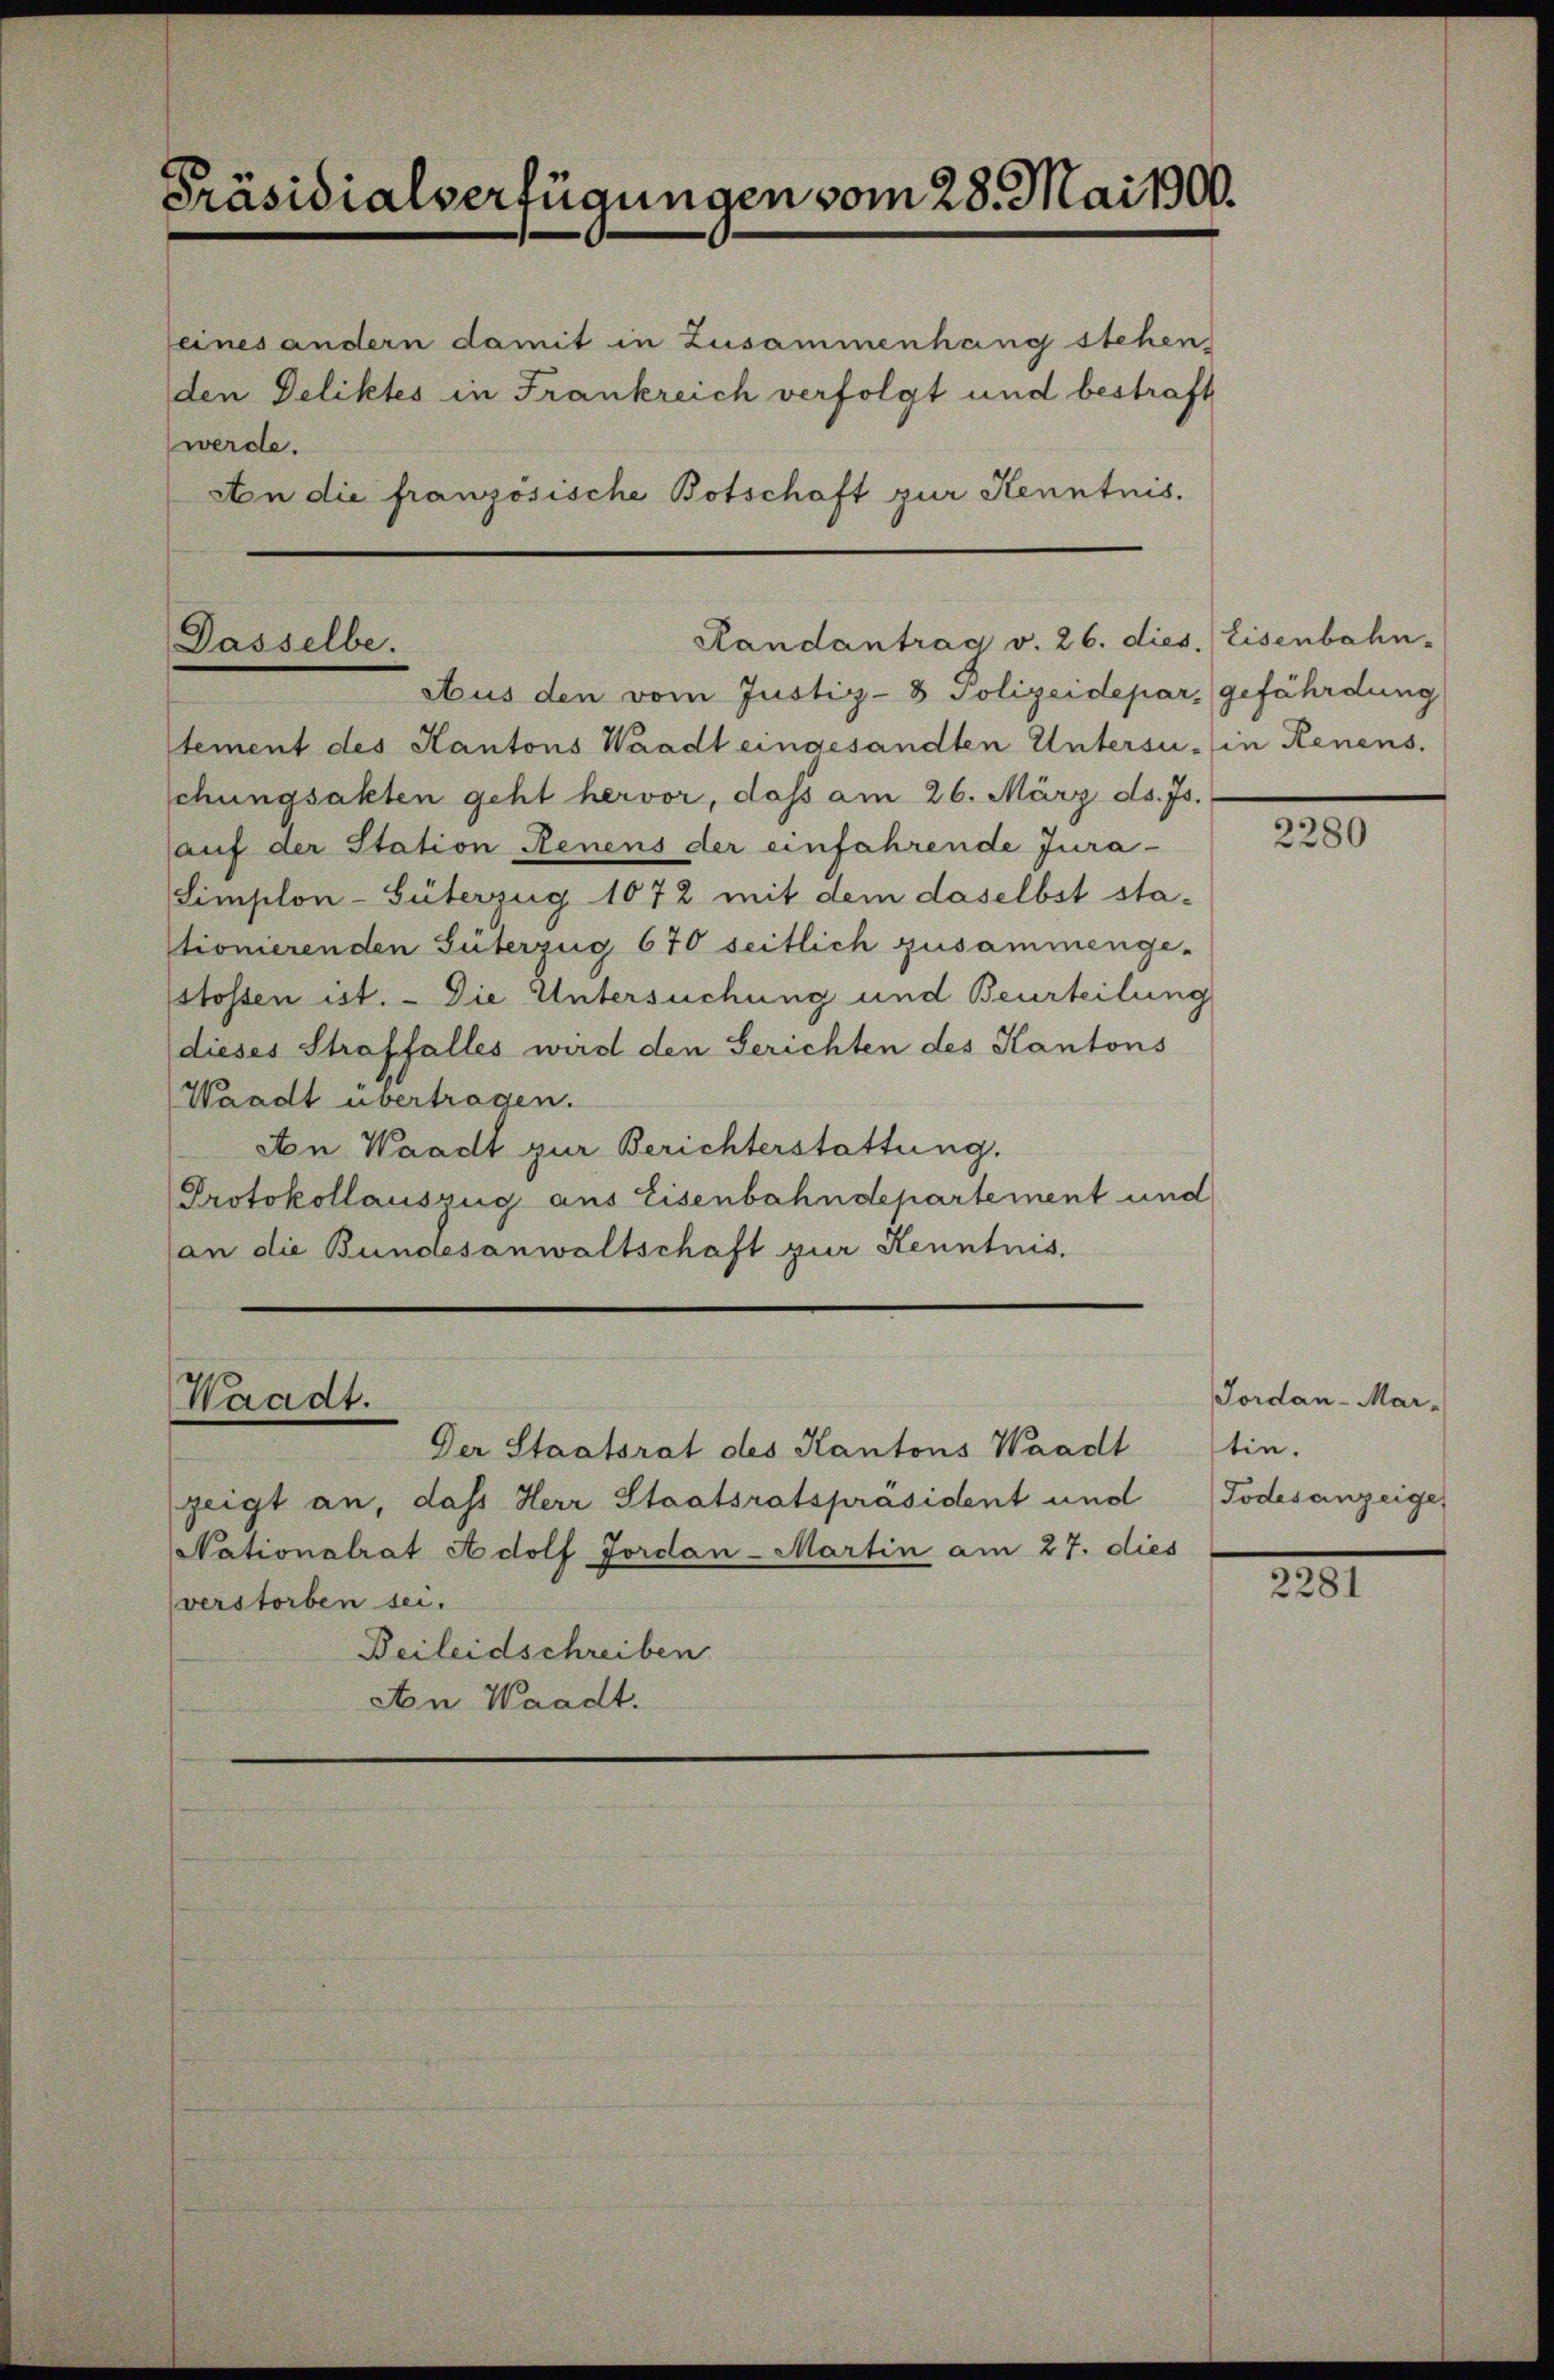
Präsidialverfügungen vom 28. Mai 1900.

seines andern damit in Zusammenhang stehen,
den Deliktes in Frankreich verfolgt und bestraft
werde.
An die französische Botschaft zur Kenntnis.

Dasselbe.

Waadt.

Randantrag v. 26. dies. Eisenbahn-

Aus den vom Justiz- & Polizeidepar, gefährdung
tement des Kantons Waadt eingesandten Untersu-in Kenens.
schungsakten geht hervor, dass am 26. März ds. Js.
auf der Station Renens der einfahrende Jura-
Simplon-Güterzug 1072 mit dem daselbst sta-
stionierenden Güterzug 670 seitlich zusammenge-
stossen ist. - Die Untersuchung und Beurteilung
dieses Straffalles wird den Gerichten des Kantons
Waadt übertragen.
An Waadt zur Berichterstattung.
Protokollauszug aus Eisenbahndepartement und
(an die Bundesanwaltschaft zur Kenntnis.

Der Staatsrat des Kantons Waadt
zeigt an, dass Herr Staatsratspräsident und
Nationalrat Adolf Jordan-Martin am 27. dies
verstorben sei.
Beileidschreiben
An Waadt.

2280

Jordan-Mar-
tie.
Todesanzeige

221